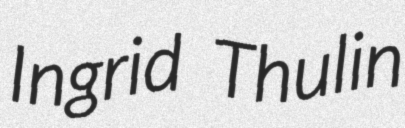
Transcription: Ingrid Thulin